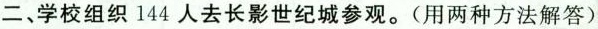
二、学校组织144人去长影世纪城参观。(用两种方法解答)